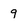
Character: 9